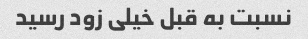
نسبت به قبل خیلی زود رسید